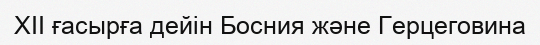
XII ғасырға дейін Босния және Герцеговина